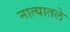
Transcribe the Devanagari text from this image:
नात्यातले